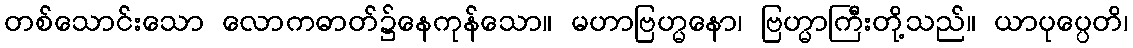
တစ်သောင်းသော လောကဓာတ်၌နေကုန်သော။ မဟာဗြဟ္မနော၊ ဗြဟ္မာကြီးတို့သည်။ ယာပုပ္ပေတိ၊